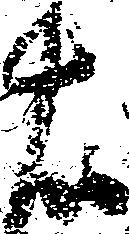
右